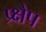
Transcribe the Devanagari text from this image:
प्र्क्षेप